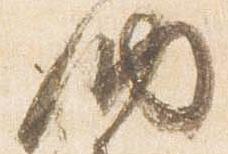
納